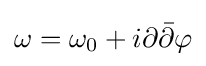
\omega =\omega _{0}+i\partial {\bar {\partial }}\varphi